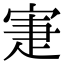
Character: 寁